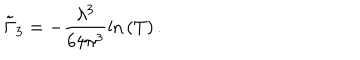
LaTeX: \tilde { \Gamma } _ { 3 } = - \frac { \lambda ^ { 3 } } { 6 4 \pi ^ { 3 } } \mathrm { l n } \left( T \right) .